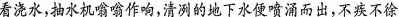
看浇水，抽水机嗡嗡作响，清冽的地下水便喷涌而出，不疾不徐